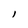
Character: l